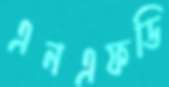
এনএফডি